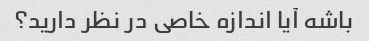
باشه آیا اندازه خاصی در نظر دارید؟